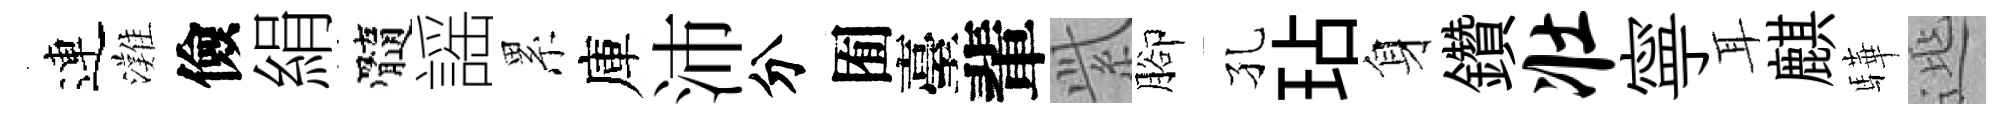
連灘儉絹髓謡累庫沛分囿臺輩𬗋腳孔玷身鑽壮寧耳麒驊𨓱